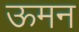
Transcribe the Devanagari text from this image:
ऊमन